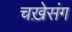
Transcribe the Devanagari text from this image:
चख़ेसंग